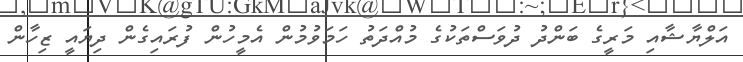
އަލްޔާޝާއި މަރީގެ ބަންދު ދުވަސްތަކުގެ މުއްދަތު ހަމަވުމުން އެމީހުން ފުރައިގެން ދިޔައީ ޒިހާން